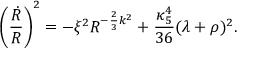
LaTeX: \left( { \frac { \dot { R } } { R } } \right) ^ { 2 } = - \xi ^ { 2 } R ^ { - { \frac { 2 } { 3 } } k ^ { 2 } } + { \frac { \kappa _ { 5 } ^ { 4 } } { 3 6 } } ( \lambda + \rho ) ^ { 2 } .